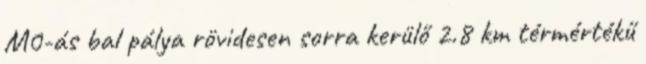
M0-ás bal pálya rövidesen sorra kerülő 2.8 km térmértékű